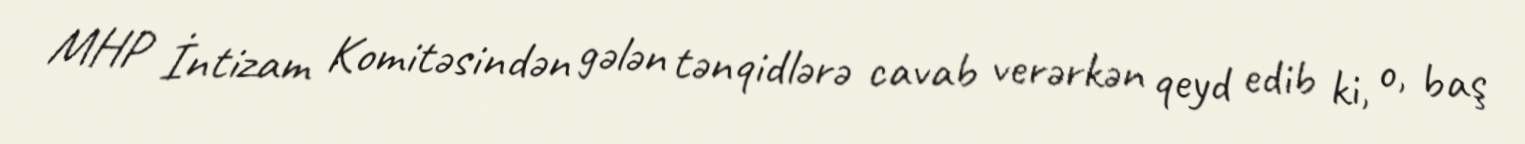
MHP İntizam Komitəsindən gələn tənqidlərə cavab verərkən qeyd edib ki, o, baş